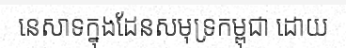
នេសាទក្នុងដែនសមុទ្រកម្ពុជា ដោយ